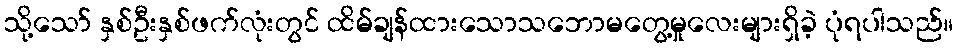
သို့သော် နှစ်ဦးနှစ်ဖက်လုံးတွင် ထိမ်ချန်ထားသောသဘောမတွေ့မှုလေးများရှိခဲ့ ပုံရပါသည်။